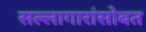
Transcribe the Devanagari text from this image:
सल्लागारांसोबत